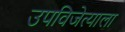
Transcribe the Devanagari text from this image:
उपविजेत्याला